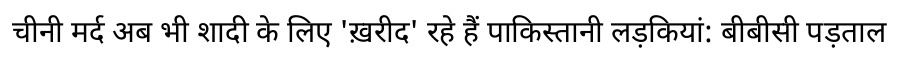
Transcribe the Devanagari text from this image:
चीनी मर्द अब भी शादी के लिए 'ख़रीद' रहे हैं पाकिस्तानी लड़कियां: बीबीसी पड़ताल